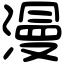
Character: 漫